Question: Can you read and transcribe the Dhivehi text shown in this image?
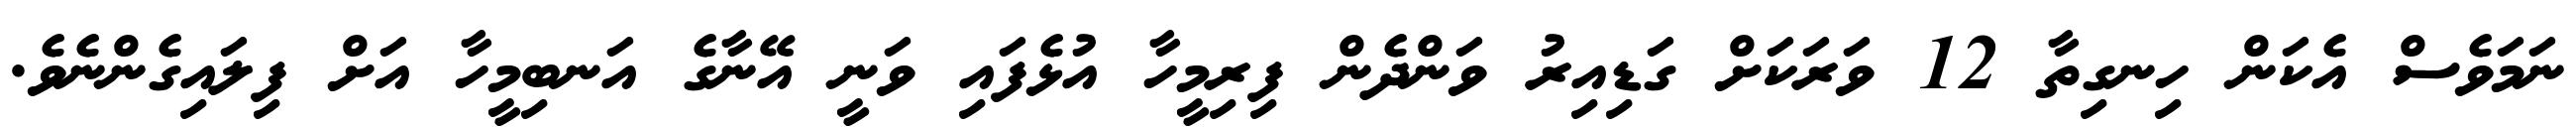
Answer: ނަމަވެސް އެކަން ހިނގިތާ 12 ވަރަކަށް ގަޑިއިރު ވަންދެން ފިރިމީހާ އުޅެފައި ވަނީ އޭނާގެ އަނބިމީހާ އަށް ފިލައިގެންނެވެ.